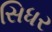
સિધર